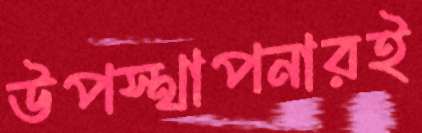
উপস্থাপনারই